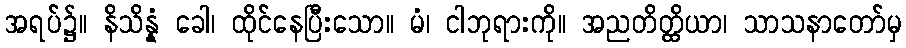
အရပ်၌။ နိသိန္နံ ခေါ၊ ထိုင်နေပြီးသော။ မံ၊ ငါဘုရားကို။ အညတိတ္ထိယာ၊ သာသနာတော်မှ